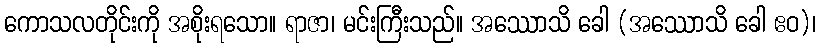
ကောသလတိုင်းကို အစိုးရသော။ ရာဇာ၊ မင်းကြီးသည်။ အဿောသိ ခေါ (အဿောသိ ခေါ ဧဝ)၊